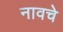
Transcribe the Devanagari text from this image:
नावचे